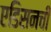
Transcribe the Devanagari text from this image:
एडिसनची